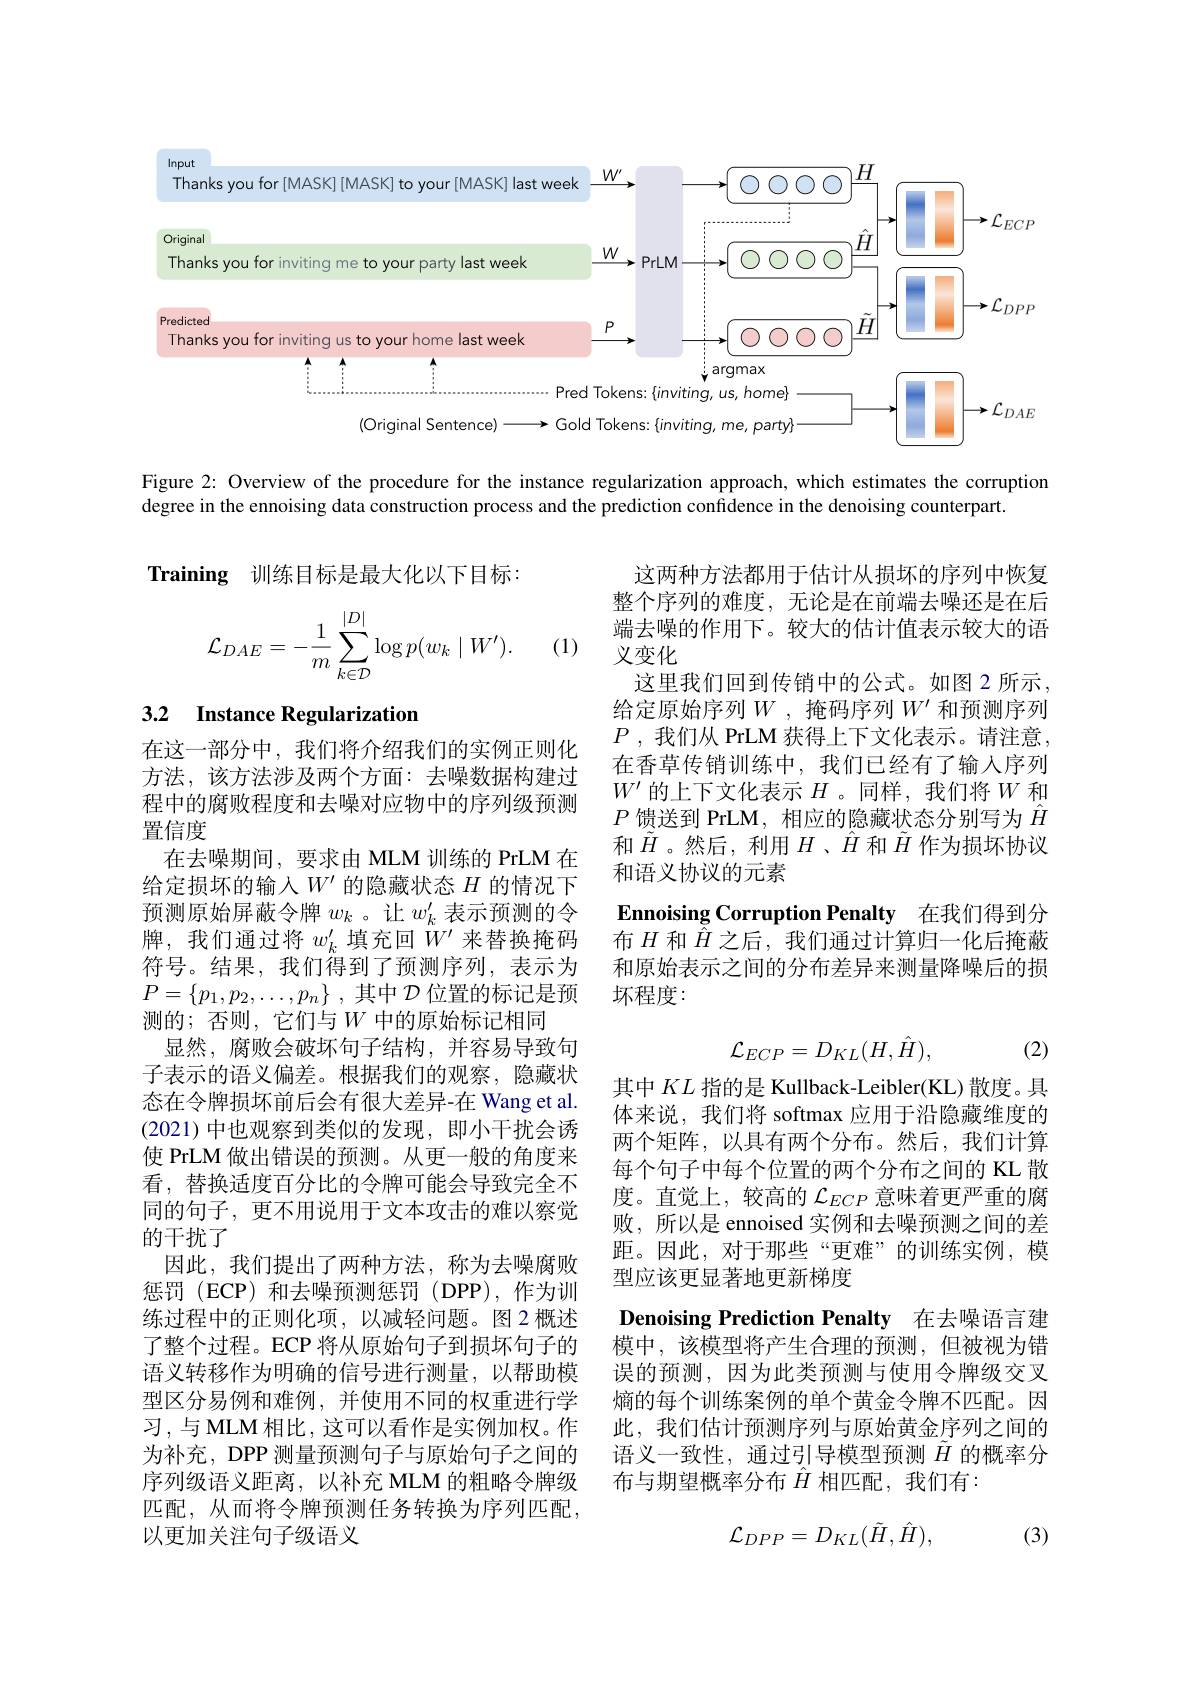
<FigureHere>

Figure 2: Overview of the procedure for the instance regularization approach, which estimates the corruption

degree in the ennoising data construction process and the prediction confidence in the denoising counterpart.

Training 训练目标是最大化以下目标：
$$\mathcal{L}_{DAE}=-\dfrac{1}{m}\sum\limits_{k\in\mathcal{D}}^{|D|}\log p(w_k\mid W').$$
(1)

# 3.2 Instance Regularization

这两种方法都用于估计从损坏的序列中恢复整个序列的难度，无论是在前端去噪还是在后端去噪的作用下。较大的估计值表示较大的语义变化
这里我们回到传销中的公式。如图 2 所示， 给定原始序列$W$ ,掩码序列 $W^\prime$ 和预测序列$P$ ,我们从 PrLM 获得上下文化表示。请注意， 在香草传销训练中，我们已经有了输入序列$W^{\prime}$的上下文化表示$H$ 。同样，我们将$W$和$P$馈送到 PrLM, 相应的隐藏状态分别写为$\hat{H}$ 和$\tilde{H}$。然后，利用$H$、$\hat{H}$和$\tilde{H}$作为损坏协议和语义协议的元素
Ennoising Corruption Penalty 在我们得到分布$H$ 和$\bar{\hat{H}}$ 之后，我们通过计算归一化后掩蔽和原始表示之间的分布差异来测量降噪后的损坏程度：

(2)
$$\mathcal{L}_{ECP}=D_{KL}(H,\hat{H}),$$
在这一部分中，我们将介绍我们的实例正则化方法，该方法涉及两个方面：去噪数据构建过程中的腐败程度和去噪对应物中的序列级预测置信度
在去噪期间，要求由 MLM 训练的 PrLM 在给定损坏的输入$W^\prime$的隐藏状态$H$的情况下预测原始屏蔽令牌$w_k$ 。让$w_k^\prime$表示预测的令牌，我们通过将$w_k^{\prime}$填充回$W^\prime$来替换掩码符号。结果，我们得到了预测序列，表示为$P= \{ p_1, p_2, \ldots , p_n\}$ ,其中$\mathcal{D}$位置的标记是预测的；否则，它们与$W$中的原始标记相同
显然，腐败会破坏句子结构，并容易导致句子表示的语义偏差。根据我们的观察，隐藏状态在令牌损坏前后会有很大差异-在 Wang et al. (2021)中也观察到类似的发现，即小干扰会诱使 PrLM 做出错误的预测。从更一般的角度来看，替换适度百分比的令牌可能会导致完全不同的句子，更不用说用于文本攻击的难以察觉的干扰了
因此，我们提出了两种方法，称为去噪腐败惩罚(ECP)和去噪预测惩罚(DPP),作为训练过程中的正则化项，以减轻问题。图2 概述了整个过程。ECP 将从原始句子到损坏句子的语义转移作为明确的信号进行测量，以帮助模型区分易例和难例，并使用不同的权重进行学习，与 MLM 相比，这可以看作是实例加权。作为补充，DPP 测量预测句子与原始句子之间的序列级语义距离，以补充 MLM 的粗略令牌级匹配，从而将令牌预测任务转换为序列匹配以更加关注句子级语义

其中$KL$指的是 Kullback-Leibler(KL) 散度。具体来说，我们将 softmax 应用于沿隐藏维度的两个矩阵，以具有两个分布。然后，我们计算每个句子中每个位置的两个分布之间的 KL 散度。直觉上，较高的$\mathcal{L}_{ECP}$意味着更严重的腐败，所以是 ennoised 实例和去噪预测之间的差距。因此，对于那些“更难”的训练实例，模型应该更显著地更新梯度
Denoising Prediction Penalty 在去噪语言建模中，该模型将产生合理的预测，但被视为错误的预测，因为此类预测与使用令牌级交叉熵的每个训练案例的单个黄金令牌不匹配。因此，我们估计预测序列与原始黄金序列之间的语义一致性，通过引导模型预测$\tilde{H}$的概率分布与期望概率分布$\hat{H}$相匹配，我们有：
$$\mathcal{L}_{DPP}=D_{KL}(\tilde{H},\hat{H}),$$
(3)